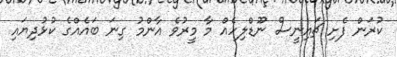
ކުރަން ފެށި ޗައިނީސް ނޫޑްލިހެއް މާ މީރުވެ އާންމު ގިނަ ބައެއްގެ ކުޅުދިޔައި